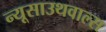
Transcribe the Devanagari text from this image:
न्यूसाउथवाल्स